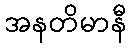
အနတိမာနီ